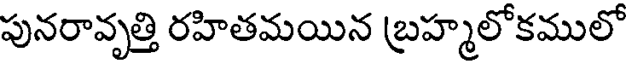
పునరావృత్తి రహితమయిన బ్రహ్మలోకములో